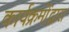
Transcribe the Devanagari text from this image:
कार्यक्रमोंद्वारा